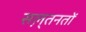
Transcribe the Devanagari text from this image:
सल़्तनतों